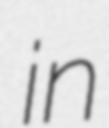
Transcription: in